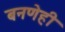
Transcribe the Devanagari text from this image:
बनणेही